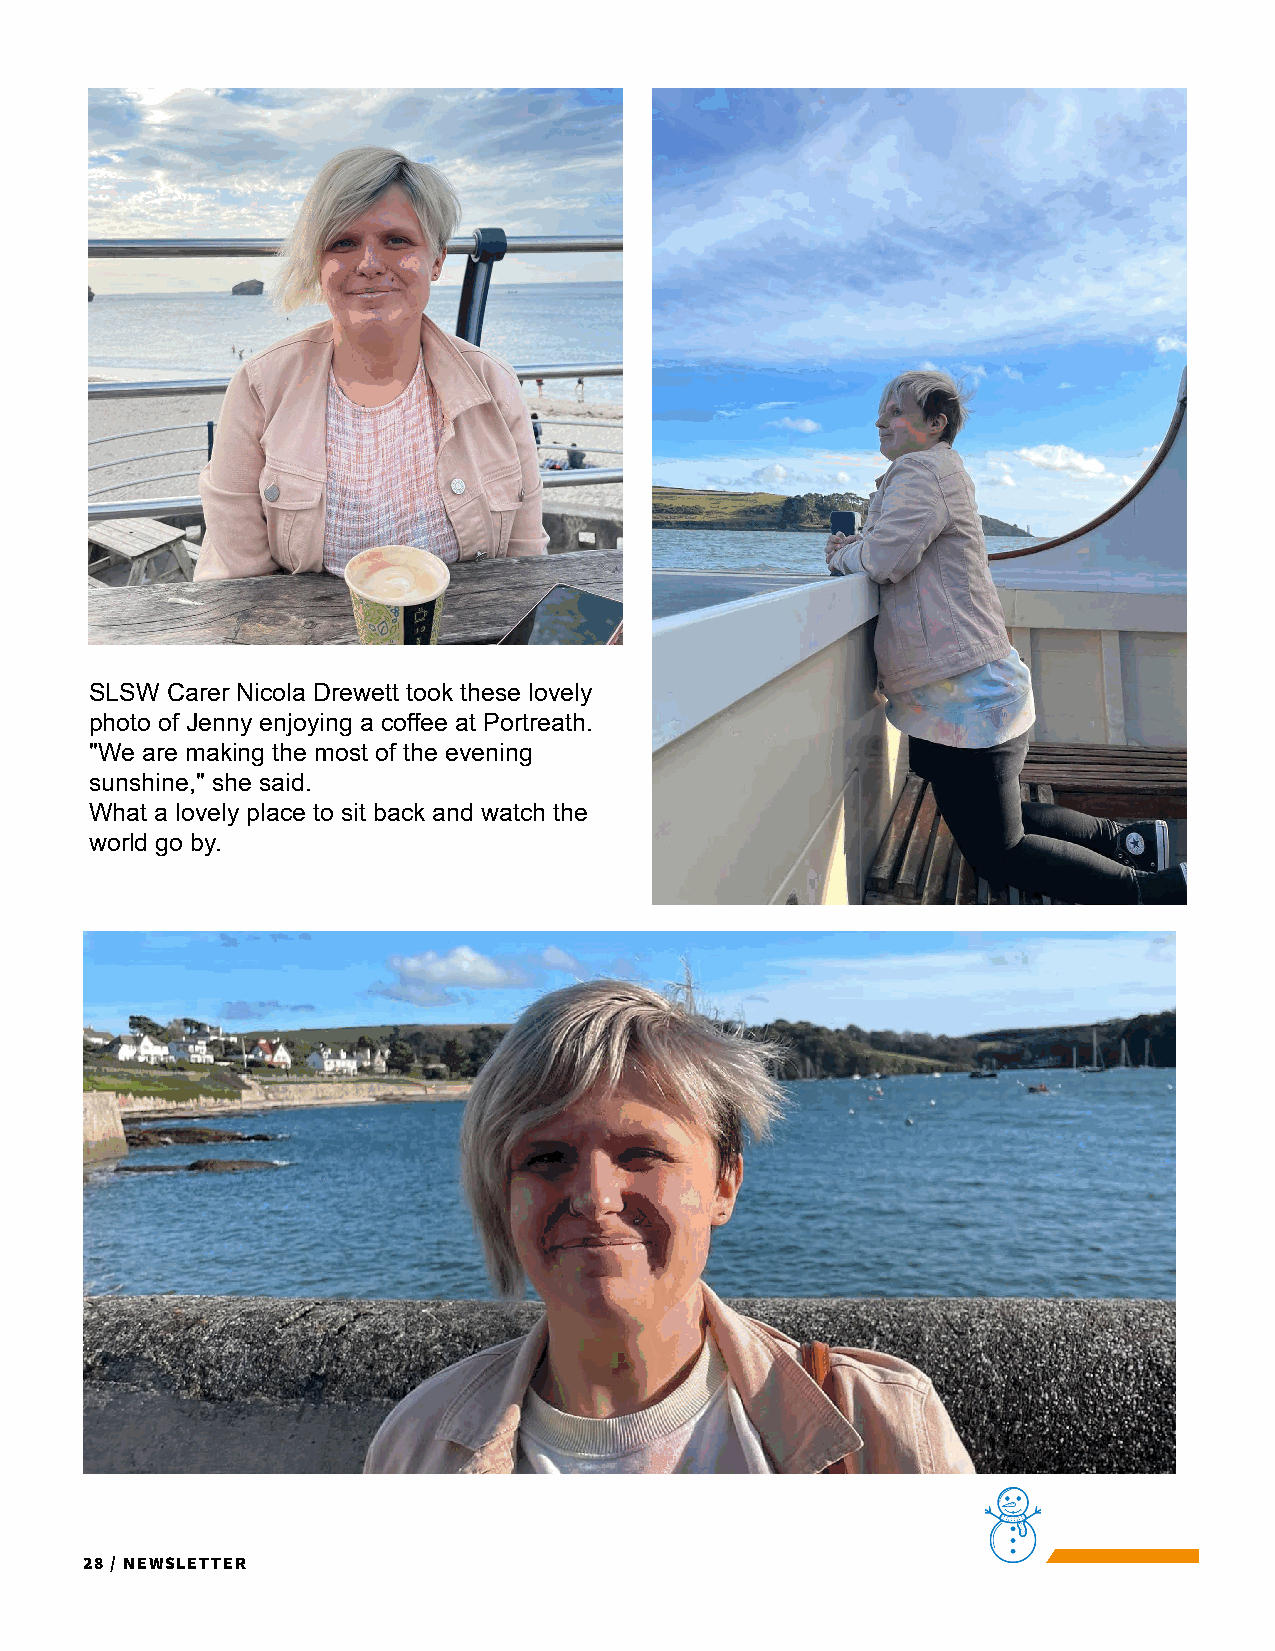
SLSW Carer Nicola Drewett took these lovely
 photo of Jenny enjoying a coffee at Portreath.
 "We are making the most of the evening
 sunshine," she said.
 What a lovely place to sit back and watch the
 world go by.
 28 / Newsletter